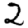
Digit: 2